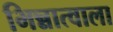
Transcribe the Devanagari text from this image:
भिन्नात्वाला